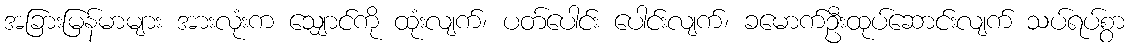
အခြားမြန်မာများ အားလုံးက သျှောင်ကို ထုံးလျက်၊ ပတ်ပေါင်း ပေါင်းလျက်၊ ခမောက်ဦးထုပ်ဆောင်းလျက် သပ်ရပ်စွာ